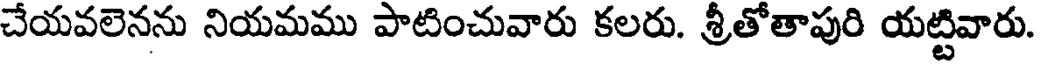
చేయవలెనను నియమము పాటించువారు కలరు. శ్రీతోతాపురి యట్టివారు.